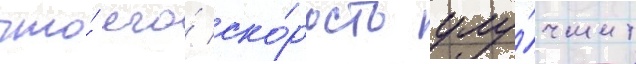
что́ его́ ско́рость улу́чшит